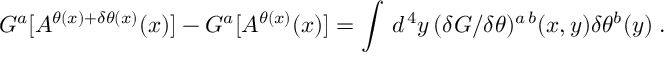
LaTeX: { \cal G } ^ { a } [ { \cal A } ^ { \theta ( x ) + \delta \theta ( x ) } ( x ) ] - { \cal G } ^ { a } [ { \cal A } ^ { \theta ( x ) } ( x ) ] = \int \, d ^ { \, 4 } y \, ( { \delta { \cal G } / \delta \theta } ) ^ { a \, b } ( x , y ) \delta \theta ^ { b } ( y ) \; .